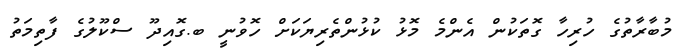
މުބާރާތުގެ ހުރިހާ ގޮތަކުން އެންމެ މޮޅު ކުޅުންތެރިޔަކަށް ހޮވުނީ ބ.ގޮއިދޫ ސްކޫލުގެ ފާތިމަތު